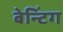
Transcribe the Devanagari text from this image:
बेन्टिंग